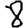
Digit: 8